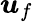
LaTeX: \boldsymbol{u}_{f}